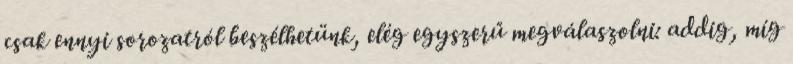
csak ennyi sorozatról beszélhetünk, elég egyszerű megválaszolni: addig, míg